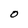
Character: O